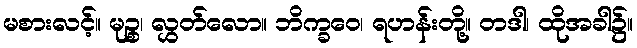
မစားလင့်။ မုဉ္စ၊ လွှတ်လော။ ဘိက္ခဝေ၊ ရဟန်းတို့။ တဒါ၊ ထိုအခါ၌။